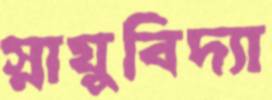
স্নায়ুবিদ্যা